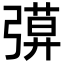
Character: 𢐖